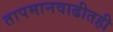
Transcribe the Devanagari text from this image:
तापमानवाढीतही